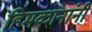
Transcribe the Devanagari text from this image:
हिमकानांनी